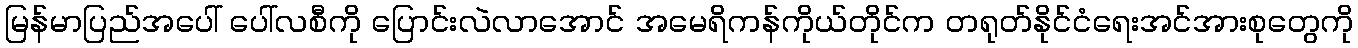
မြန်မာပြည်အပေါ် ပေါ်လစီကို ပြောင်းလဲလာအောင် အမေရိကန်ကိုယ်တိုင်က တရုတ်နိုင်ငံရေးအင်အားစုတွေကို